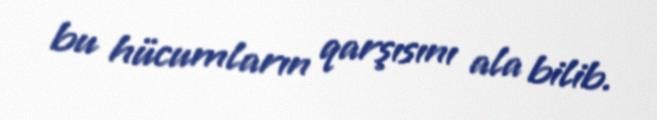
bu hücumların qarşısını ala bilib.